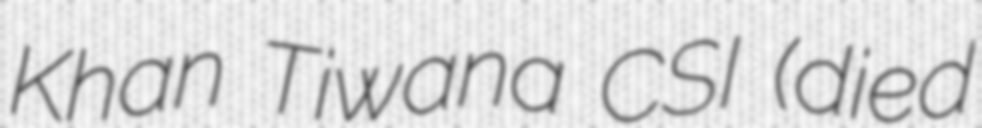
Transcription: Khan Tiwana CSI (died